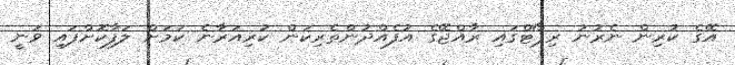
އޭގެ ކުރިން ނެރުނު ރިޕޯޓްގައި ރާއްޖޭގެ އުފެއްދުންތެރިކަން ކުރިއަރާނެ ކަމަށް ލަފާކޮށްފައި ވަނީ